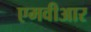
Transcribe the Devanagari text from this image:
एमवीआर